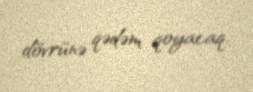
dövrünə qədəm qoyacaq.